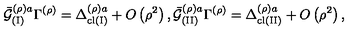
{ \bar { { \cal G } } } _ { ( \mathrm { I } ) } ^ { \left( \rho \right) a } \Gamma ^ { \left( \rho \right) } = \Delta _ { \mathrm { c l } ( \mathrm { I } ) } ^ { \left( \rho \right) a } + O \left( \rho ^ { 2 } \right) , { \bar { { \cal G } } } _ { ( \mathrm { I I } ) } ^ { \left( \rho \right) a } \Gamma ^ { \left( \rho \right) } = \Delta _ { \mathrm { c l } ( \mathrm { I I } ) } ^ { \left( \rho \right) a } + O \left( \rho ^ { 2 } \right) ,